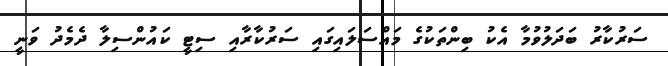
ސަރުކާރު ބަދަލުވުމާ އެކު ބިންތަކުގެ މައްސަލައިގައި ސަރުކާރާއި ސިޓީ ކައުންސިލާ ދެމެދު ވަނީ